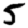
Digit: 5